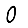
Digit: 0